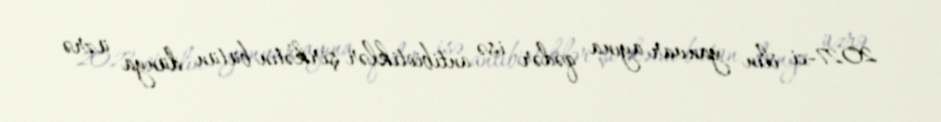
2027-ci ilin yanvar ayına qədər isə antibiotiklər şirkətin bütün dünya üzrə